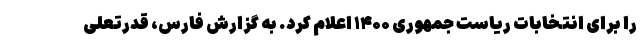
را برای انتخابات ریاست جمهوری ۱۴۰۰ اعلام کرد. به گزارش فارس، قدرتعلی